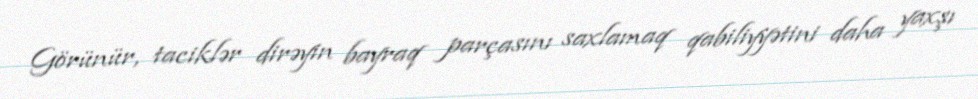
Görünür, taciklər dirəyin bayraq parçasını saxlamaq qabiliyyətini daha yaxşı